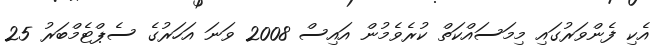
އެކި ފެންވަރުގައި މިމަސައްކަތް ކުރެވެމުން އައިސް 2008 ވަނަ އަހަރުގެ ސެޕްޓެމްބަރު 25